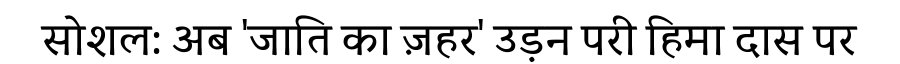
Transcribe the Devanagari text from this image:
सोशल: अब 'जाति का ज़हर' उड़न परी हिमा दास पर